Vaccine operations Central Provinces & Berar 1922-1929 - 1922-1929
Year: 1922
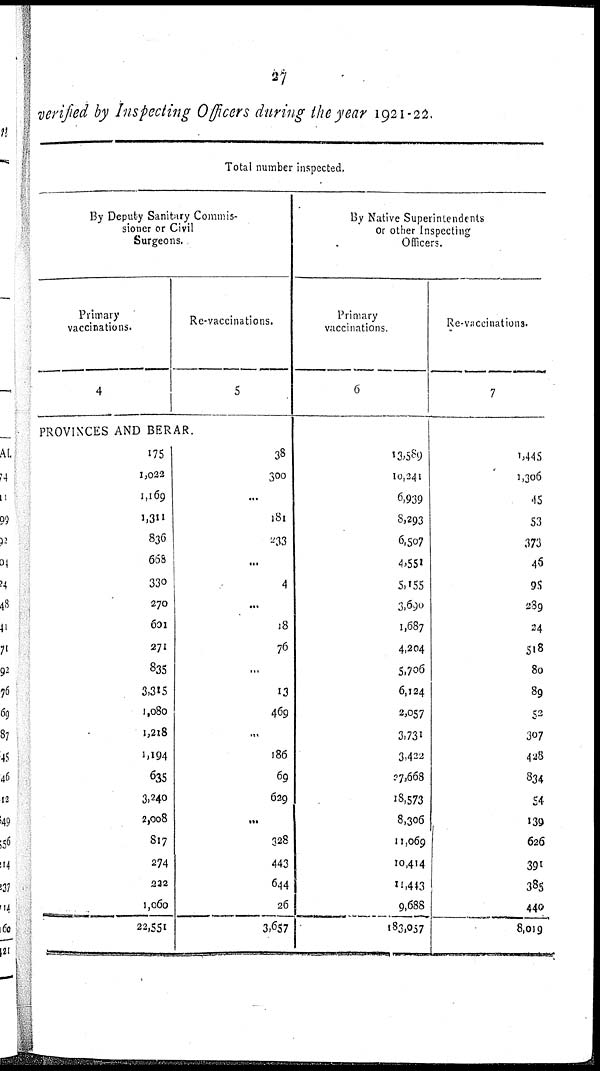
27
verified by Inspecting Officers during the year 1921-22.
Total number inspected.
By Deputy Sanitary Commis-
sioner or Civil
Surgeons.
Primary
vaccinations.
4
Re-vaccinations.
5
PROVINCES AND BERAR.
175
1,022
1,169
1,311
836
668
330
270
601
271
835
3,315
1,080
1,218
1,194
635
3,240
2,008
817
274
222
1,060
22,551
38
300
...
181
233
...
4
...
18
76
...
13
469
...
186
69
629
...
328
443
644
26
3,657
By Native Superintendents
Or other Inspecting
Officers.
Primary
vaccinations.
6
13,589
10,341
6,939
8,293
6,507
4,551
5,155
3,690
1,687
4,204
5,706
6,124
2,057
3,731
3,422
27,668
18,573
8,306
11,069
10,414
11,443
9,688
183,057
Re-vaccinations.
7
1,445
1,306
45
53
373
46
95
289
24
518
80
89
52
307
428
834
54
139
626
391
385
440
8,019